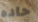
حاده